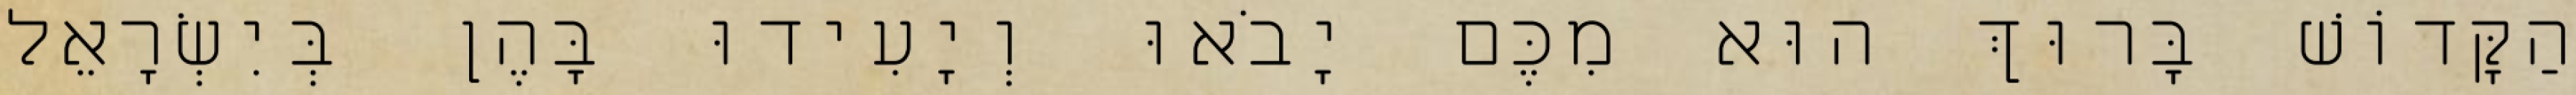
הַקָּדוֹשׁ בָּרוּךְ הוּא מִכֶּם יָבֹאוּ וְיָעִידוּ בָּהֶן בְּיִשְׂרָאֵל